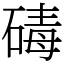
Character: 碡